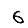
Digit: 6